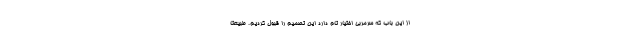
از این باب که سرمربی اختیار تام دارد این تصمیم را قبول کردیم. طبیعتا